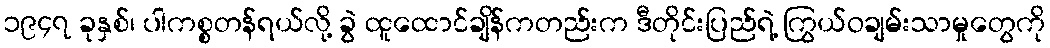
၁၉၄၇ ခုနှစ်၊ ပါကစ္စတန်ရယ်လို့ ခွဲ ထူထောင်ချိန်ကတည်းက ဒီတိုင်းပြည်ရဲ့ ကြွယ်ဝချမ်းသာမှုတွေကို